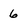
Character: 6